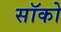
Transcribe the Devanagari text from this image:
सॉको